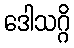
ဒေါသဂ္ဂိ